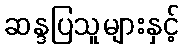
ဆန္ဒပြသူများနှင့်